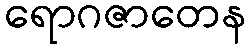
ရောဂဇာတေန